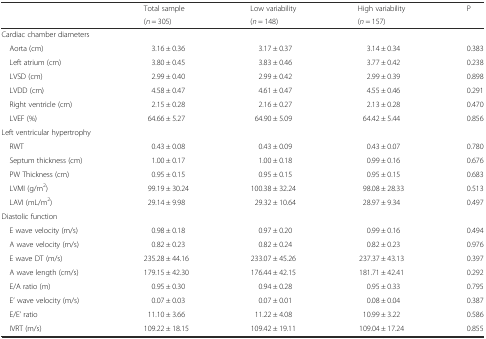
<table><thead><tr><td rowspan="2"></td><td><b>Total sample</b></td><td><b>Low variability</b></td><td><b>High variability</b></td><td rowspan="2"><b>P</b></td></tr><tr><td><b>(<i>n</i> = 305)</b></td><td><b>(<i>n</i> = 148)</b></td><td><b>(<i>n</i> = 157)</b></td></tr></thead><tbody><tr><td colspan="5">Cardiac chamber diameters</td></tr><tr><td> Aorta (cm)</td><td>3.16 ± 0.36</td><td>3.17 ± 0.37</td><td>3.14 ± 0.34</td><td>0.383</td></tr><tr><td> Left atrium (cm)</td><td>3.80 ± 0.45</td><td>3.83 ± 0.46</td><td>3.77 ± 0.42</td><td>0.238</td></tr><tr><td> LVSD (cm)</td><td>2.99 ± 0.40</td><td>2.99 ± 0.42</td><td>2.99 ± 0.39</td><td>0.898</td></tr><tr><td> LVDD (cm)</td><td>4.58 ± 0.47</td><td>4.61 ± 0.47</td><td>4.55 ± 0.46</td><td>0.291</td></tr><tr><td> Right ventricle (cm)</td><td>2.15 ± 0.28</td><td>2.16 ± 0.27</td><td>2.13 ± 0.28</td><td>0.470</td></tr><tr><td> LVEF (%)</td><td>64.66 ± 5.27</td><td>64.90 ± 5.09</td><td>64.42 ± 5.44</td><td>0.856</td></tr><tr><td colspan="5">Left ventricular hypertrophy</td></tr><tr><td> RWT</td><td>0.43 ± 0.08</td><td>0.43 ± 0.09</td><td>0.43 ± 0.07</td><td>0.780</td></tr><tr><td> Septum thickness (cm)</td><td>1.00 ± 0.17</td><td>1.00 ± 0.18</td><td>0.99 ± 0.16</td><td>0.676</td></tr><tr><td> PW Thickness (cm)</td><td>0.95 ± 0.15</td><td>0.95 ± 0.15</td><td>0.95 ± 0.15</td><td>0.683</td></tr><tr><td> LVMI (g/m<sup>2</sup>)</td><td>99.19 ± 30.24</td><td>100.38 ± 32.24</td><td>98.08 ± 28.33</td><td>0.513</td></tr><tr><td> LAVI (mL/m<sup>2</sup>)</td><td>29.14 ± 9.98</td><td>29.32 ± 10.64</td><td>28.97 ± 9.34</td><td>0.497</td></tr><tr><td colspan="5">Diastolic function</td></tr><tr><td> E wave velocity (m/s)</td><td>0.98 ± 0.18</td><td>0.97 ± 0.20</td><td>0.99 ± 0.16</td><td>0.494</td></tr><tr><td> A wave velocity (m/s)</td><td>0.82 ± 0.23</td><td>0.82 ± 0.24</td><td>0.82 ± 0.23</td><td>0.976</td></tr><tr><td> E wave DT (m/s)</td><td>235.28 ± 44.16</td><td>233.07 ± 45.26</td><td>237.37 ± 43.13</td><td>0.397</td></tr><tr><td> A wave length (cm/s)</td><td>179.15 ± 42.30</td><td>176.44 ± 42.15</td><td>181.71 ± 42.41</td><td>0.292</td></tr><tr><td> E/A ratio (m)</td><td>0.95 ± 0.30</td><td>0.94 ± 0.28</td><td>0.95 ± 0.33</td><td>0.795</td></tr><tr><td> E’ wave velocity (m/s)</td><td>0.07 ± 0.03</td><td>0.07 ± 0.01</td><td>0.08 ± 0.04</td><td>0.387</td></tr><tr><td> E/E’ ratio</td><td>11.10 ± 3.66</td><td>11.22 ± 4.08</td><td>10.99 ± 3.22</td><td>0.586</td></tr><tr><td> IVRT (m/s)</td><td>109.22 ± 18.15</td><td>109.42 ± 19.11</td><td>109.04 ± 17.24</td><td>0.855</td></tr></tbody></table>